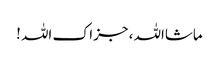
ماشااللہ ، جزاک اللہ !